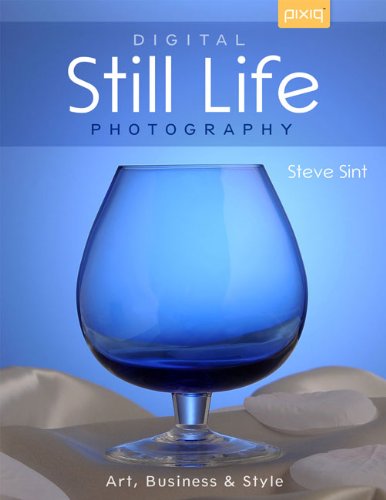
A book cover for Digital Still Life Photography: Art, Business & Style; Steve Sint; Arts & Photography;